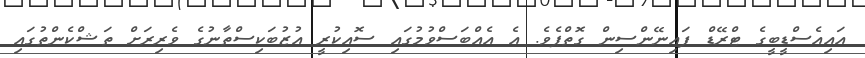
އައިއެސްޑީބީގެ ޓްރޭޑް ފައިނޭންސިން ގޮތްޕެވެ. އެ އެއްބަސްވުމުގައި ސޮއިކުރީ އުޒުބަކިސްތާނުގެ ވެރިރަށް ތަޝްކެންތުގައި